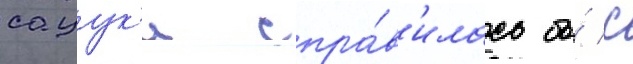
сацук'и спра́в'илась бы́ с